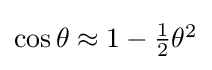
\textstyle \cos \theta \approx 1-{\tfrac {1}{2}}\theta ^{2}